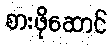
စားဖိုဆောင်